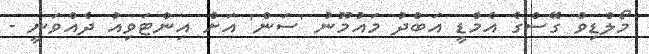
މޯލްޑިވް ގޭސްގެ އެމްޑީ އަބްދު މައުމޫނު 'ސަން' އަށް އިންޓަވިިއު ދެއްވަނީ -